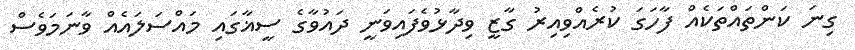
ގިނަ ކަންތައްތަކެއް ފާހަގަ ކުރެއްވިއިރު ގާޒީ ވިދާޅުވެފައިވަނީ ދައުވާގެ ސީޣާގައި މައްސަލައެއް ވާނަމަވެސް